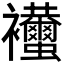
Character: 𧟚